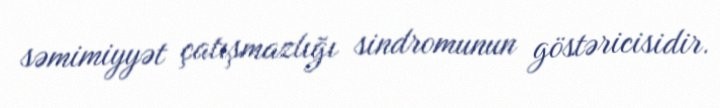
səmimiyyət çatışmazlığı sindromunun göstəricisidir.